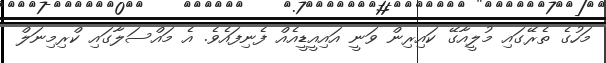
މަހުގެ ތެރޭގައި މުލީއާގޭ ކައިރިން ވަނީ އައިއީޑީއެއް ފެނިފައެވެ. އެ މައްސަލާގައި ކްރިމިނަލް